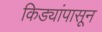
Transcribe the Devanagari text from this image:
किड्यांपासून